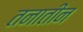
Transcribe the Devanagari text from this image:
तनातीन